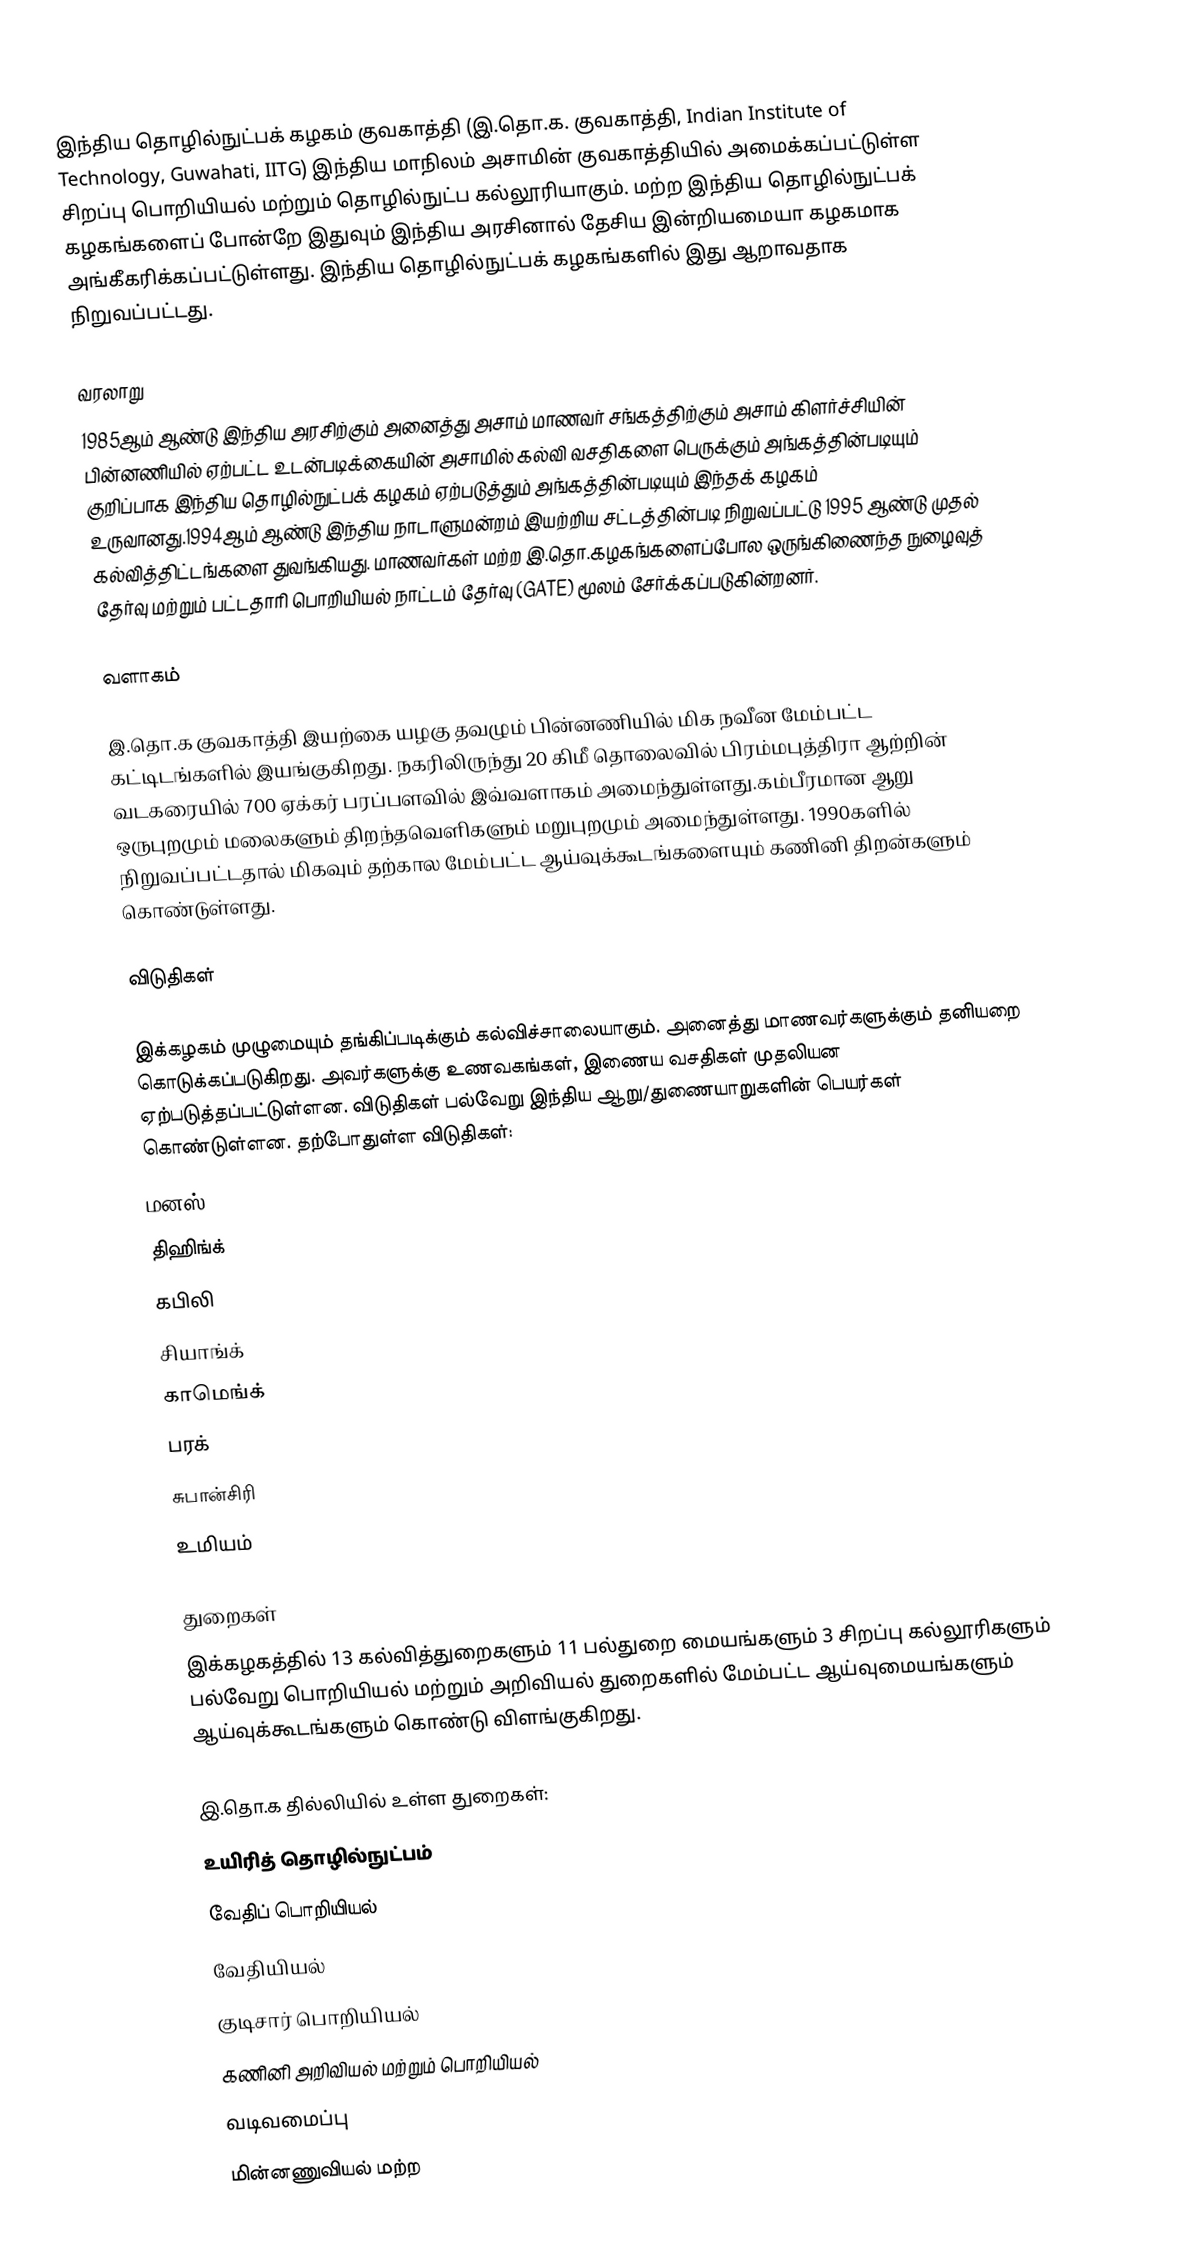
இந்திய தொழில்நுட்பக் கழகம் குவகாத்தி (இ.தொ.க. குவகாத்தி, Indian Institute of Technology, Guwahati, IITG)    இந்திய மாநிலம் அசாமின் குவகாத்தியில் அமைக்கப்பட்டுள்ள சிறப்பு பொறியியல் மற்றும் தொழில்நுட்ப கல்லூரியாகும். மற்ற இந்திய தொழில்நுட்பக் கழகங்களைப் போன்றே இதுவும் இந்திய அரசினால் தேசிய இன்றியமையா கழகமாக அங்கீகரிக்கப்பட்டுள்ளது.  இந்திய தொழில்நுட்பக் கழகங்களில் இது ஆறாவதாக நிறுவப்பட்டது.

வரலாறு
1985ஆம் ஆண்டு இந்திய அரசிற்கும் அனைத்து அசாம் மாணவர் சங்கத்திற்கும் அசாம் கிளர்ச்சியின் பின்னணியில் ஏற்பட்ட உடன்படிக்கையின் அசாமில் கல்வி வசதிகளை பெருக்கும் அங்கத்தின்படியும் குறிப்பாக இந்திய தொழில்நுட்பக் கழகம் ஏற்படுத்தும் அங்கத்தின்படியும் இந்தக் கழகம் உருவானது.1994ஆம் ஆண்டு இந்திய நாடாளுமன்றம் இயற்றிய சட்டத்தின்படி நிறுவப்பட்டு 1995 ஆண்டு முதல் கல்வித்திட்டங்களை துவங்கியது. மாணவர்கள் மற்ற இ.தொ.கழகங்களைப்போல ஒருங்கிணைந்த நுழைவுத் தேர்வு மற்றும் பட்டதாரி பொறியியல் நாட்டம் தேர்வு (GATE) மூலம் சேர்க்கப்படுகின்றனர்.

வளாகம்

இ.தொ.க குவகாத்தி இயற்கை யழகு தவழும் பின்னணியில் மிக நவீன மேம்பட்ட கட்டிடங்களில் இயங்குகிறது. நகரிலிருந்து 20 கிமீ தொலைவில் பிரம்மபுத்திரா ஆற்றின் வடகரையில் 700 ஏக்கர் பரப்பளவில் இவ்வளாகம் அமைந்துள்ளது.கம்பீரமான ஆறு ஒருபுறமும் மலைகளும் திறந்தவெளிகளும் மறுபுறமும் அமைந்துள்ளது. 1990களில் நிறுவப்பட்டதால் மிகவும் தற்கால மேம்பட்ட ஆய்வுக்கூடங்களையும் கணினி திறன்களும் கொண்டுள்ளது.

விடுதிகள்

இக்கழகம் முழுமையும் தங்கிப்படிக்கும் கல்விச்சாலையாகும். அனைத்து மாணவர்களுக்கும் தனியறை கொடுக்கப்படுகிறது. அவர்களுக்கு உணவகங்கள், இணைய வசதிகள் முதலியன ஏற்படுத்தப்பட்டுள்ளன. விடுதிகள் பல்வேறு இந்திய ஆறு/துணையாறுகளின் பெயர்கள் கொண்டுள்ளன. தற்போதுள்ள விடுதிகள்:
மனஸ்
திஹிங்க்
கபிலி
சியாங்க்
காமெங்க்
பரக்
சுபான்சிரி
உமியம்

துறைகள்
இக்கழகத்தில் 13 கல்வித்துறைகளும் 11 பல்துறை மையங்களும் 3 சிறப்பு கல்லூரிகளும் பல்வேறு பொறியியல் மற்றும் அறிவியல் துறைகளில் மேம்பட்ட ஆய்வுமையங்களும் ஆய்வுக்கூடங்களும் கொண்டு விளங்குகிறது.

இ.தொ.க தில்லியில் உள்ள துறைகள்:
 உயிரித் தொழில்நுட்பம்
வேதிப் பொறியியல்
வேதியியல்
குடிசார் பொறியியல்
கணினி அறிவியல் மற்றும் பொறியியல்
வடிவமைப்பு
மின்னணுவியல் மற்ற